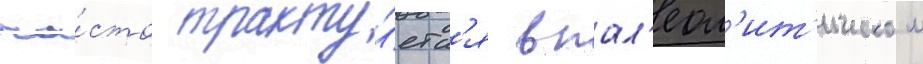
ча́сто тракту́етс'я в пал'еол'ит'ическом